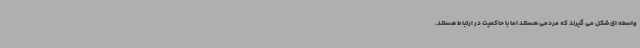
واسطه ای شکل می گیرند که مردمی هستند اما با حاکمیت در ارتباط هستند.